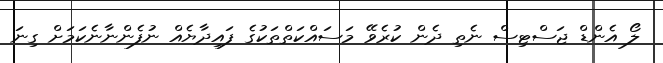
ލޯ އެންޑް ޖަސްޓިސް ނެތި ދެން ކުރެވޭ މަސައްކަތްތަކުގެ ފައިދާޔެއް ނުފެންނާނެކަމަށް ގިނަ